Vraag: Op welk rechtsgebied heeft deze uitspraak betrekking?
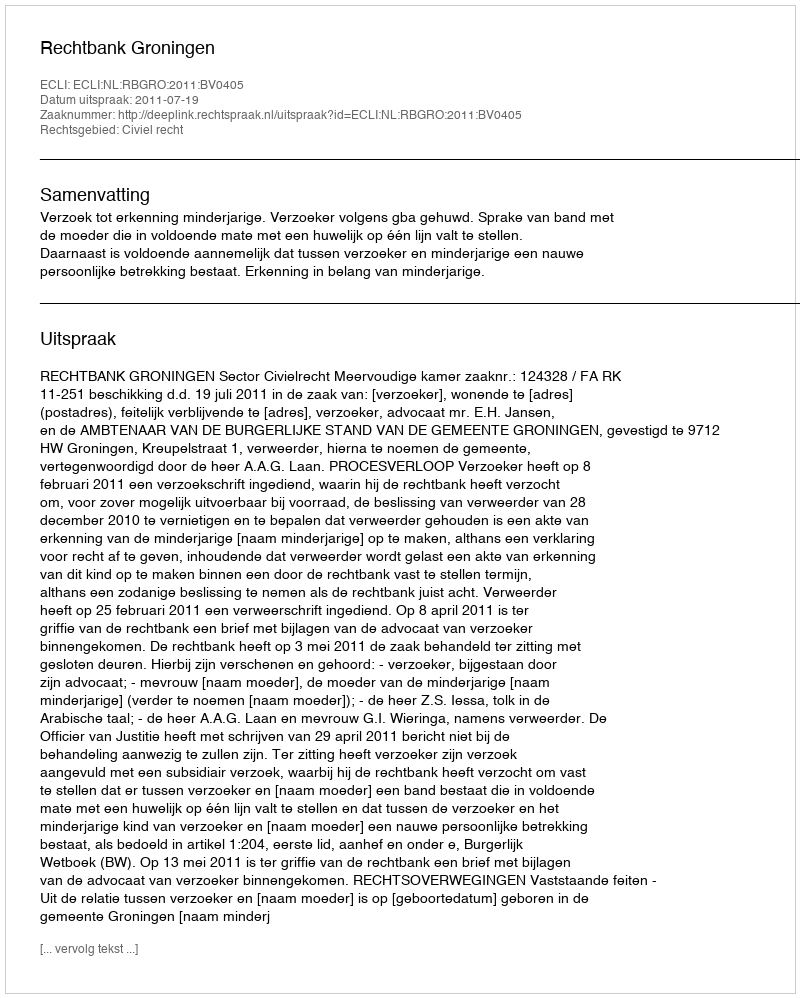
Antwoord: Civiel recht